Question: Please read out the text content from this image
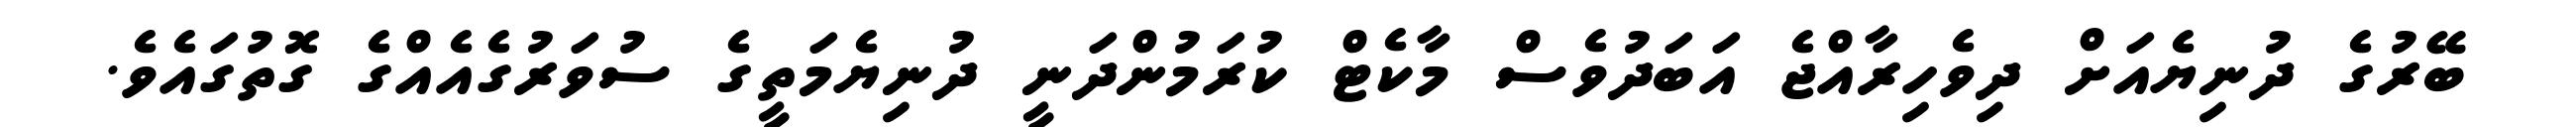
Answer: ބޭރުގެ ދުނިޔެއަށް ދިވެހިރާއްޖެ އަބަދުވެސް މާކެޓް ކުރަމުންދަނީ ދުނިޔެމަތީގެ ސުވަރުގެއެއްގެ ގޮތުގައެވެ.